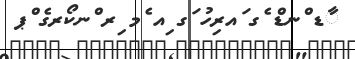
ާޑ ްނޑް ެގ ައރިހު ަގ ިއ ެމ ިރ ްނކޯރގެ ްޕ